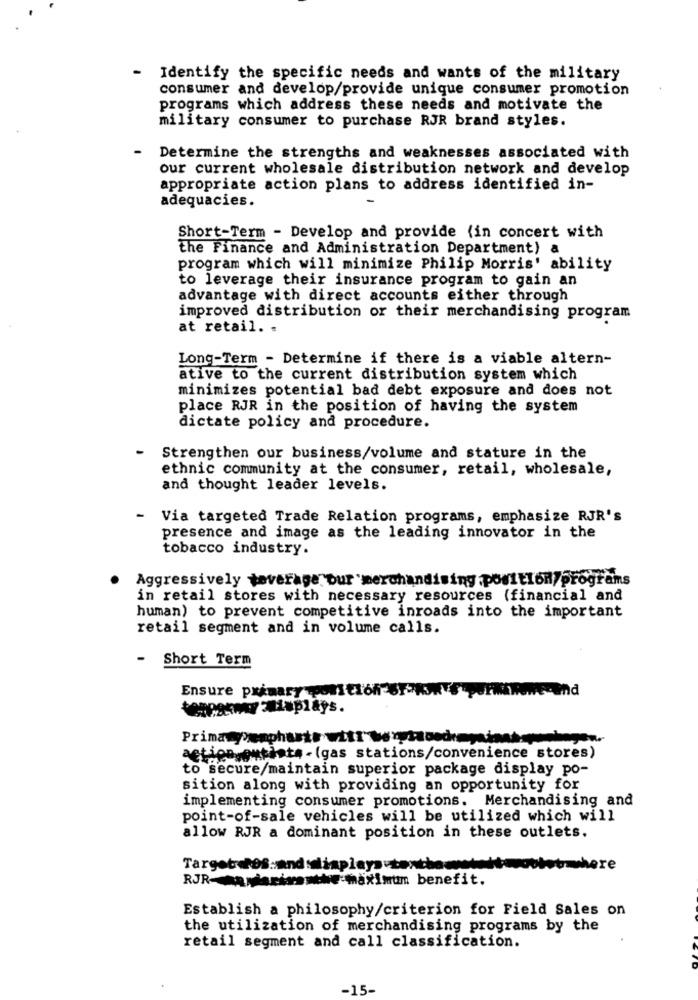
-
Identify the specific needs and wants of the military
consumer and develop/provide unique consumer promotion
programs which address these needs and motivate the
military consumer to purchase RJR brand styles.
-
Determine the strengths and weaknesses associated with
our current wholesale distribution network and develop
appropriate action plans to address identified in-
adequacies.
Short-Term - Develop and provide (in concert with
the Finance and Administration Department) a
program which will minimize Philip Morris' ability
to leverage their insurance program to gain an
advantage with direct accounts either through
improved distribution or their merchandising program
at retail. .
Long-Term - Determine if there is a viable altern-
ative to the current distribution system which
minimizes potential bad debt exposure and does not
place RJR in the position of having the system
dictate policy and procedure.
-
Strengthen our business/volume and stature in the
ethnic community at the consumer, retail, wholesale,
and thought leader levels.
-
Via targeted Trade Relation programs, emphasize RJR's
presence and image as the leading innovator in the
tobacco industry.
Aggressively taverage bur merchandising position/programs
in retail stores with necessary resources (financial and
human) to prevent competitive inroads into the important
retail segment and in volume calls.
-
Short Term
Ensure primary por tion-
Primary>emphastr witr
action,outlets - (gas stations/convenience stores)
to secure/maintain superior package display po-
sition along with providing an opportunity for
implementing consumer promotions. Merchandising and
point-of-sale vehicles will be utilized which will
allow RJR a dominant position in these outlets.
Targeteres.andsdiap
were
RJR-Anniarisomthe maximum benefit.
Establish a philosophy/criterion for Field Sales on
the utilization of merchandising programs by the
retail segment and call classification.
-15-